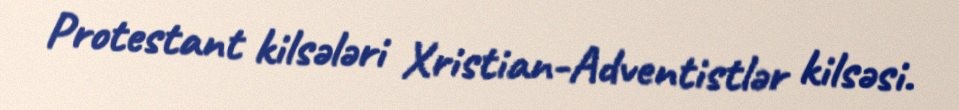
Protestant kilsələri Xristian-Adventistlər kilsəsi.